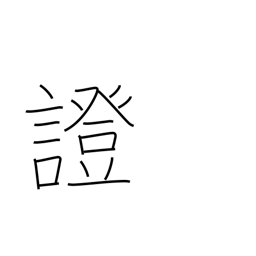
Meaning: proof